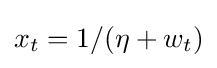
x_{t}=1/(\eta +w_{t})